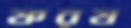
ফরয